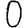
Digit: 0